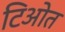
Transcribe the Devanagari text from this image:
टिओत